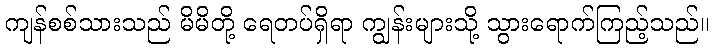
ကျန်စစ်သားသည် မိမိတို့ ရေတပ်ရှိရာ ကျွန်းများသို့ သွားရောက်ကြည့်သည်။